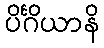
ပိင်္ဂိယာနိ